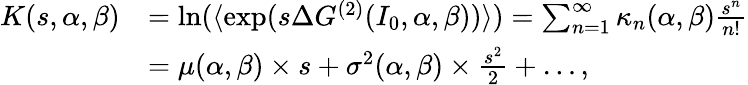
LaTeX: \begin{array}{rl}{K(s,\alpha,\beta)}&{=\ln(\langle\exp(s\Delta G^{(2)}(I_{0},\alpha,\beta))\rangle)=\sum_{n=1}^{\infty}{\kappa_{n}(\alpha,\beta)\frac{s^{n}}{n!}}}\\ &{=\mu(\alpha,\beta)\times s+\sigma^{2}(\alpha,\beta)\times\frac{s^{2}}{2}+\dots,}\end{array}